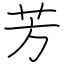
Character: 芳